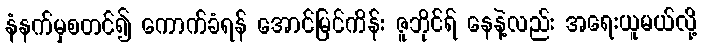
နံနက်မှစတင်၍ ကောက်ခံရန် အောင်မြင်ကိန်း ဇူဘိုင်ရ် နေနဲ့လည်း အရေးယူမယ်လို့